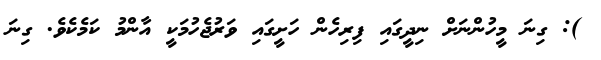
): ގިނަ މީހުންނަށް ނިދީގައި ފިރިހެން ހަށީގައި ވަރުޖެހުމަކީ އާންމު ކަމެކެވެ. ގިނަ